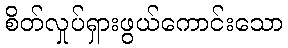
စိတ်လှုပ်ရှားဖွယ်ကောင်းသော